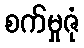
စက်မှုဇုံ